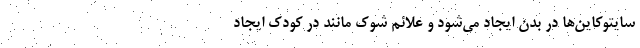
سایتوکاین‌ها در بدن ایجاد می‌شود و علائم شوک مانند در کودک ایجاد